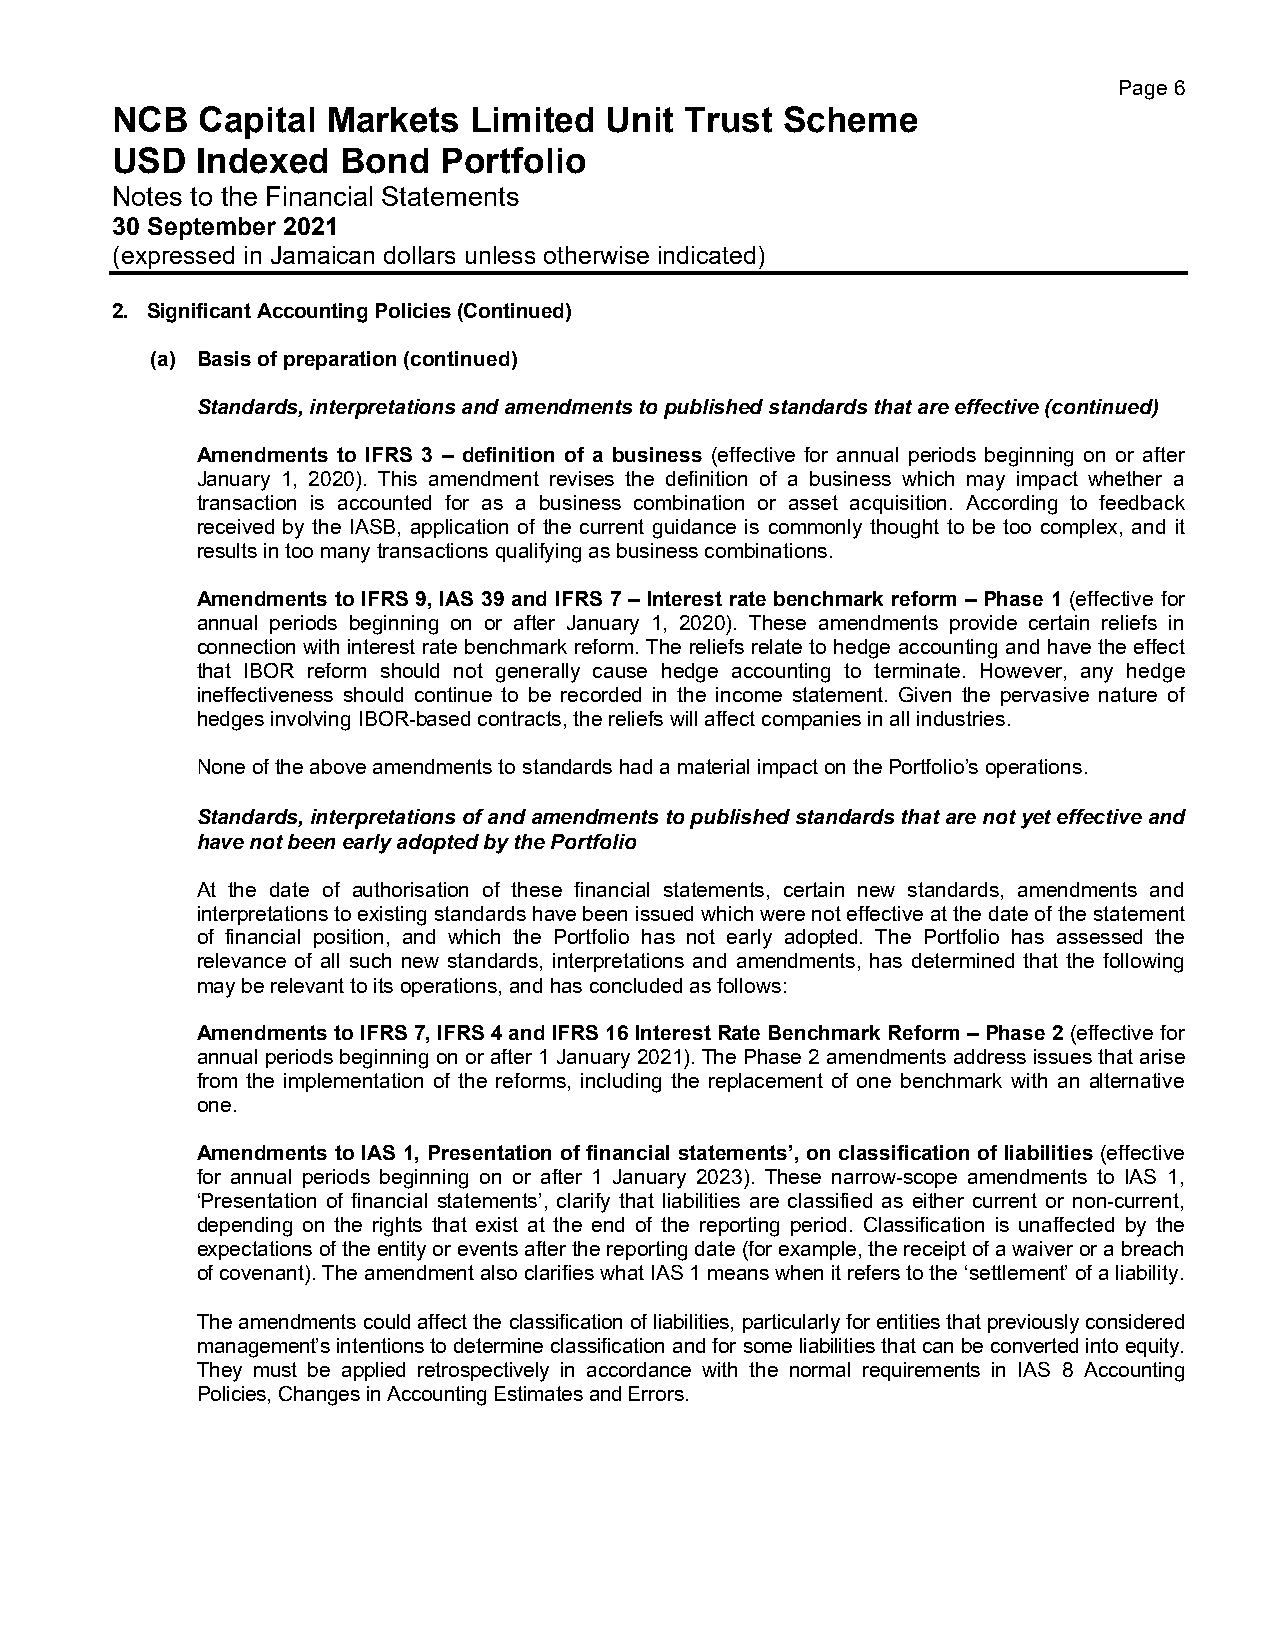
Page 6
 NCB   Capital  Markets  Limited  Unit Trust  Scheme
 USD   Indexed   Bond  Portfolio
 Notes to the Financial Statements
 30 September 2021
 (expressed in Jamaican dollars unless otherwise indicated)
 2. Significant Accounting Policies (Continued)
 (a) Basis of preparation (continued)
 Standards, interpretations and amendments to published standards that are effective (continued)
 Amendments to IFRS 3 – definition of a business (effective for annual periods beginning on or after
 January 1, 2020). This amendment revises the definition of a business which may impact whether a
 transaction is accounted for as a business combination or asset acquisition. According to feedback
 received by the IASB, application of the current guidance is commonly thought to be too complex, and it
 results in too many transactions qualifying as business combinations.
 Amendments to IFRS 9, IAS 39 and IFRS 7 – Interest rate benchmark reform – Phase 1 (effective for
 annual periods beginning on or after January 1, 2020). These amendments provide certain reliefs in
 connection with interest rate benchmark reform. The reliefs relate to hedge accounting and have the effect
 that IBOR reform should not generally cause hedge accounting to terminate. However, any hedge
 ineffectiveness should continue to be recorded in the income statement. Given the pervasive nature of
 hedges involving IBOR-based contracts, the reliefs will affect companies in all industries.
 None of the above amendments to standards had a material impact on the Portfolio’s operations.
 Standards, interpretations of and amendments to published standards that are not yet effective and
 have not been early adopted by the Portfolio
 At the date of authorisation of these financial statements, certain new standards, amendments and
 interpretations to existing standards have been issued which were not effective at the date of the statement
 of financial position, and which the Portfolio has not early adopted. The Portfolio has assessed the
 relevance of all such new standards, interpretations and amendments, has determined that the following
 may be relevant to its operations, and has concluded as follows:
 Amendments to IFRS 7, IFRS 4 and IFRS 16 Interest Rate Benchmark Reform – Phase 2 (effective for
 annual periods beginning on or after 1 January 2021). The Phase 2 amendments address issues that arise
 from the implementation of the reforms, including the replacement of one benchmark with an alternative
 one.
 Amendments to IAS 1, Presentation of financial statements’, on classification of liabilities (effective
 for annual periods beginning on or after 1 January 2023). These narrow-scope amendments to IAS 1,
 ‘Presentation of financial statements’, clarify that liabilities are classified as either current or non-current,
 depending on the rights that exist at the end of the reporting period. Classification is unaffected by the
 expectations of the entity or events after the reporting date (for example, the receipt of a waiver or a breach
 of covenant). The amendment also clarifies what IAS 1 means when it refers to the ‘settlement’ of a liability.
 The amendments could affect the classification of liabilities, particularly for entities that previously considered
 management’s intentions to determine classification and for some liabilities that can be converted into equity.
 They must be applied retrospectively in accordance with the normal requirements in IAS 8 Accounting
 Policies, Changes in Accounting Estimates and Errors.